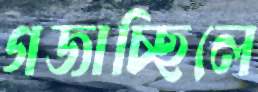
গজাচ্ছিলে